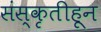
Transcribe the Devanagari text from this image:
संस्कृतीहून